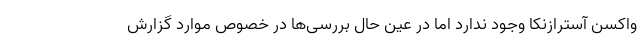
واکسن آسترازنکا وجود ندارد اما در عین حال بررسی‌ها در خصوص موارد گزارش